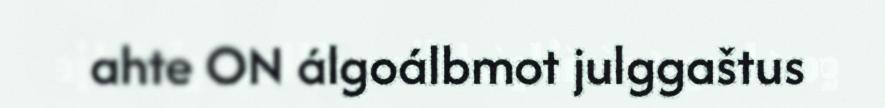
ahte ON álgoálbmot julggaštus